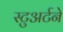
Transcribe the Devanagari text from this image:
स्टुअर्टने